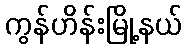
ကွန်ဟိန်းမြို့နယ်